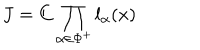
J = C \prod _ { \alpha \in \Phi ^ { + } } l _ { \alpha } ( x )